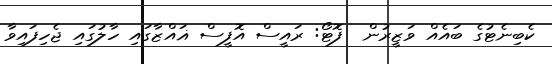
ކެބިނެޓުގެ ބައެއް ވަޒީރުން  ފޮޓޯ: ރައީސް އޮފީސް ޣައްޒާގައި ހާލުގައި ޖެހިފައިވާ